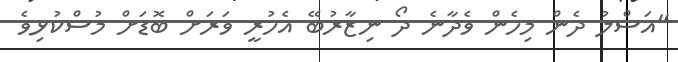
"އަސްލު ދެން މިހެން ވެދާނެ ދޯ ނިޒާރުބޭ އެހުރީ ވަރަށް ބޮޑަށް މުސްކުޅިވެ